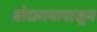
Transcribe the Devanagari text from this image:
बोधगयापासून